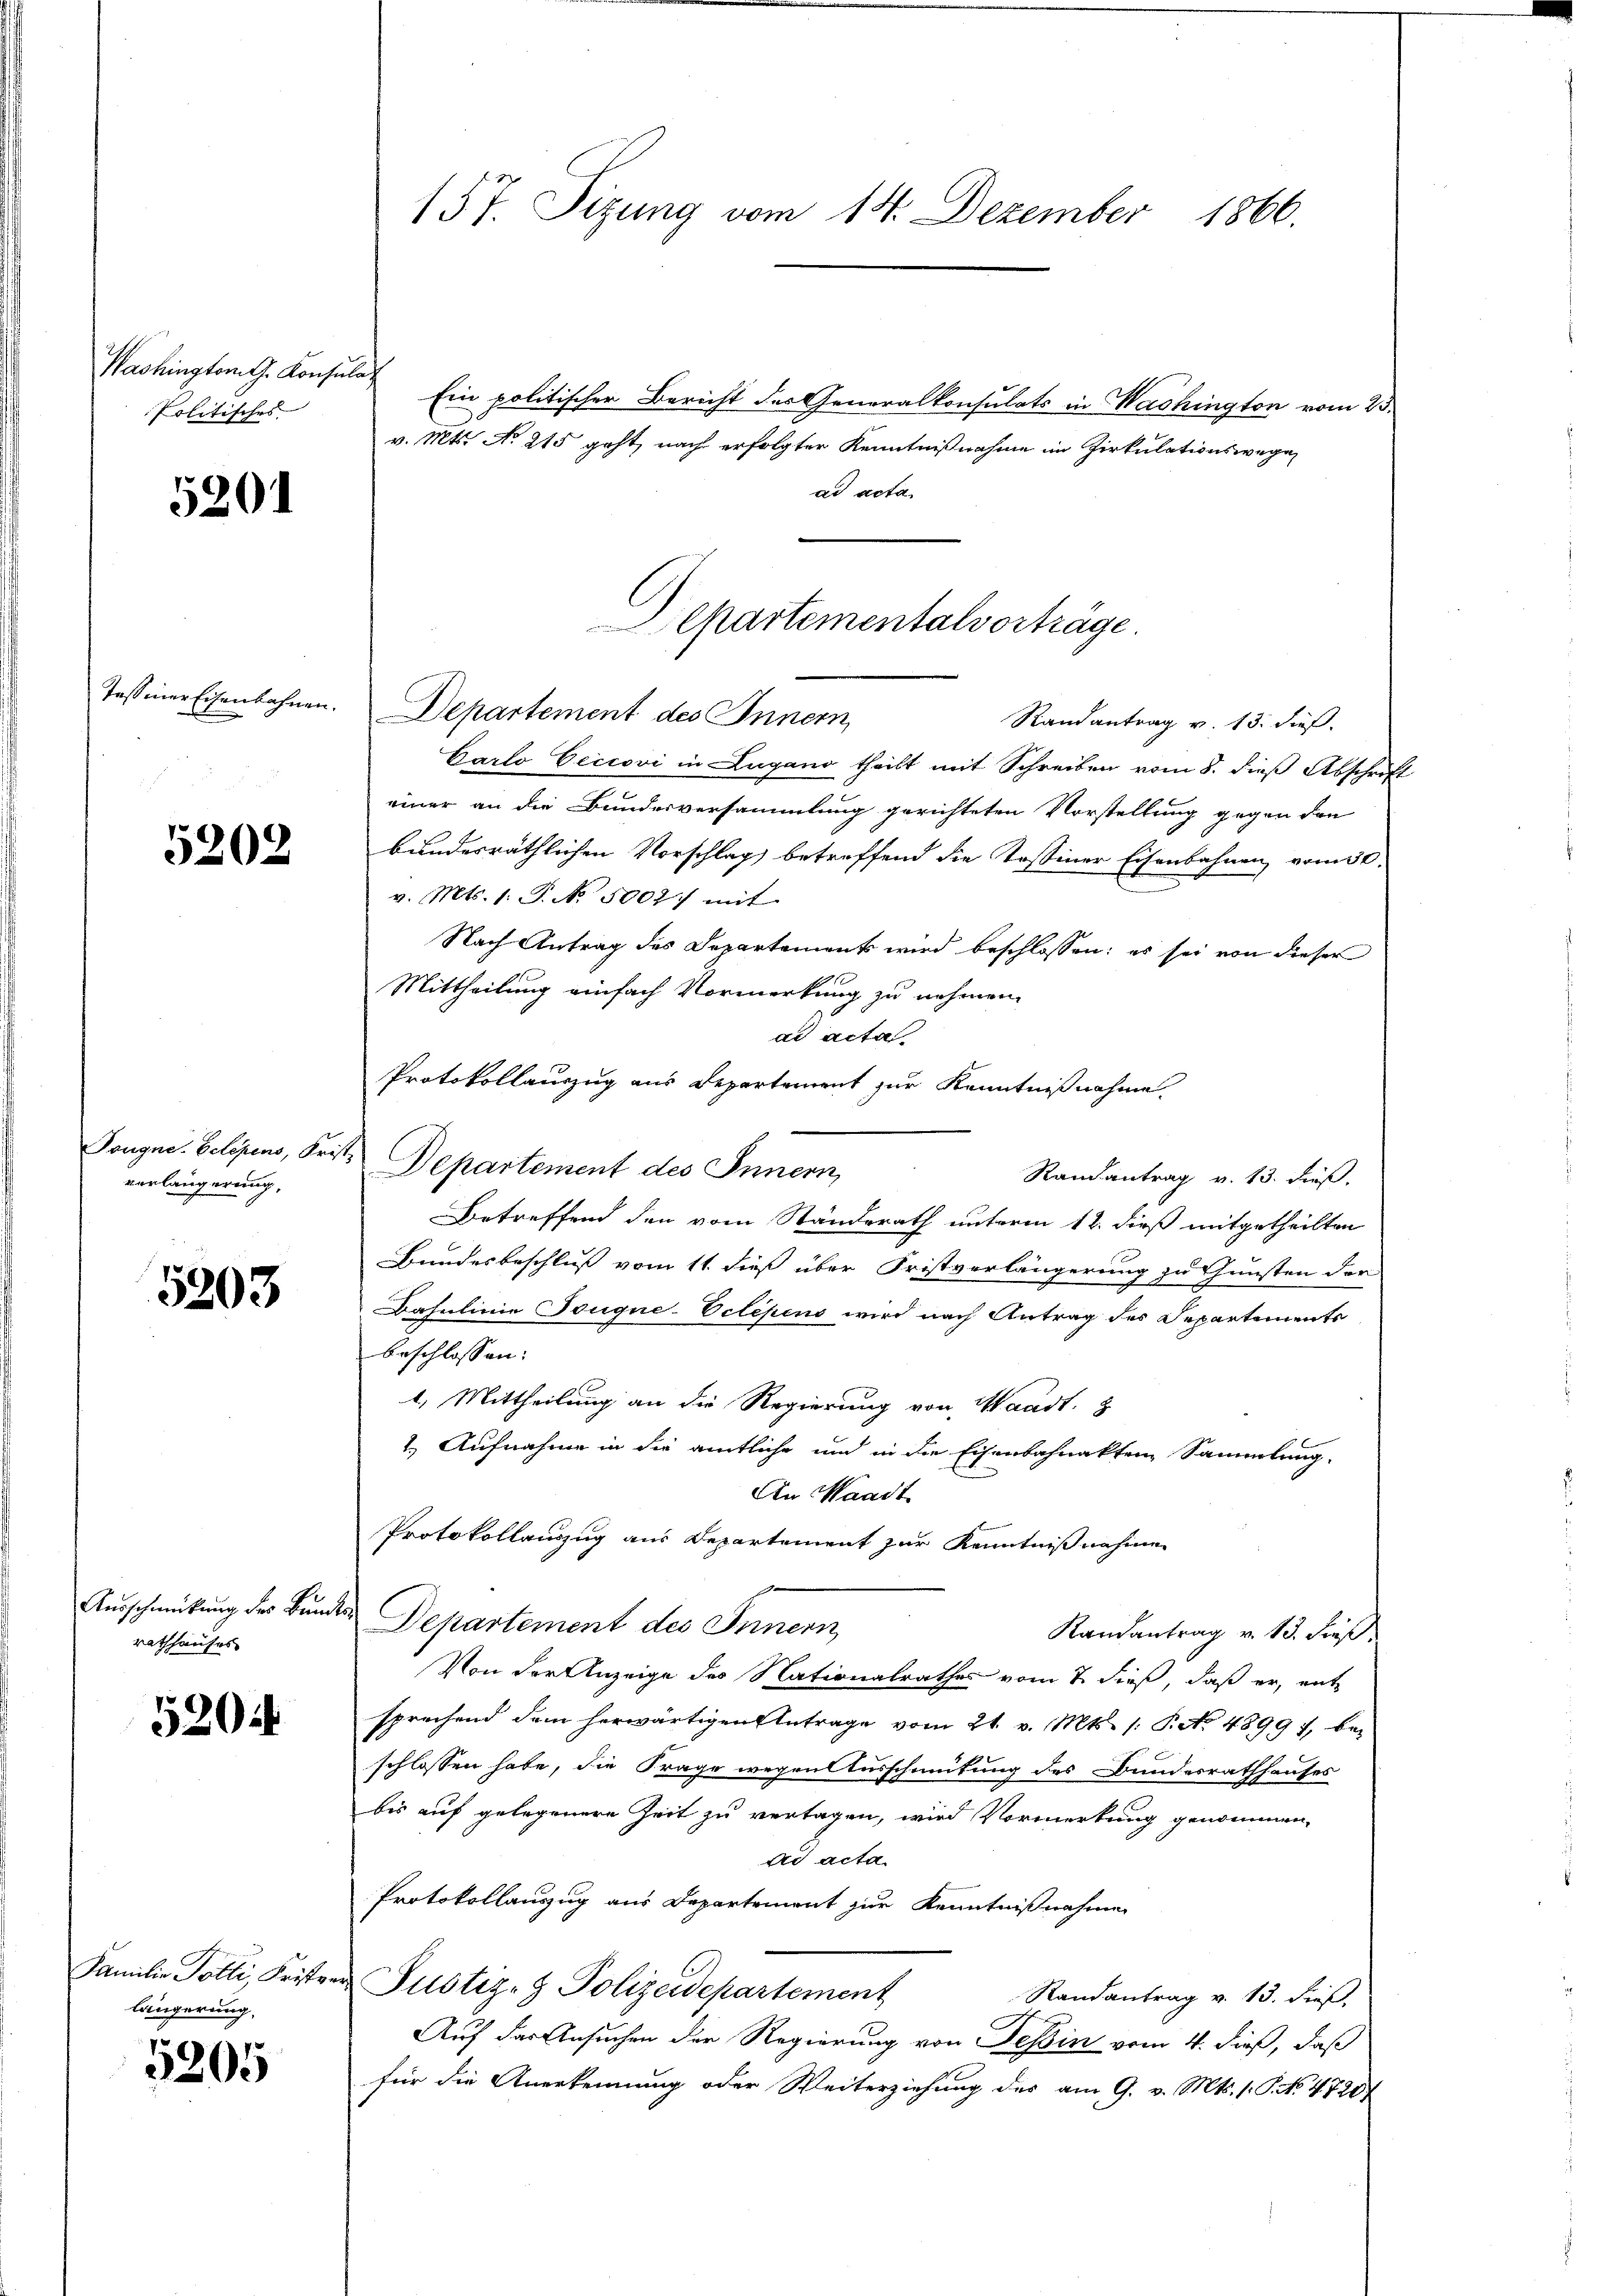
Washington G. Konsulat
Politisches

5201

Tessiner Eisenbahnen.

5202

Tougne. Gelegens, Fristverlängerung,

5203

rathhauses

520.

Familie Tolli, Friste
längerung,

3205

Ein politischer Bericht des Generalkonsulats in Wachington vom 23.
v. Mts. No 215 geht, nach erfolgter Kenntnißnahme im Zirkulationswege
ad acta.
Departement des Innern,
Randantrag v. 13. dieß.
Carlo Ceccovi in Lugano theilt mit Schreiben vom 8. dieß Abschrift
einer an die Bundesversammlung gerichteten Vorstellung gegen den
bundesräthlichen Vorschlag betreffend die Tostiner Eisenbahnen vom 30.
v. Mts. 1. P. No. 5007. mit
Nach Antrag des Departement wird beschlossen: es sei von dieser
Mittheilung einfach Vormerkung zu nehmen.
d acta
Protokollauszug aus Departement zur Kenntnißnahme.
Departement des Innern,
Randantrag v. 13. dieß.
Betreffend den vom Standsrath unterm 12. dieß mitgetheilten
Bundesbeschluß vom 11. dieß über Fristverlängerung zu Gunsten der
Dahulinie Touque-Oclépens wird nach Antrag des Departements
beschlossen:
1. Mittheilung an die Regierung von Waadt,
1.) Aufnahme in die amtliche und in die Eisenbahnakten Sammlung.
An Waadt
Protokollauszug aus Departement zur Kenntnißnahme
Ausschmütung des Bunden Departement des Innern,
Randantrag v. 13. dieß
Von der Anzeige des Nationalrathes vom 7. dieß, daß er, ent
sprechend dem herwärtigen Antrage vom 21. v. Mts. /: P. No. 4899 f., beschlossen habe, die Frage wegen Ausschmütung des Bundesrathhauses
bis auf gelegenere Zeit zu vertagen, wird Vormerkung genommen,
ad acta
Protokollauszug aus Departement zur Kenntnißnahme
u Justiz- & Polizeidepartement
Randantrag v. 13. dieß,
Auf der Ansuchen der Regierung von Tessin vom 4. dieß, daß
für die Anerkennung oder Weiterziehung des am 9. v. Mts. 1. P. No. 47207

157. Sizung vom 14. Dezember 1866.

Departementalvorträge.